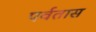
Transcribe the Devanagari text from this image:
पर्वतास